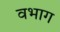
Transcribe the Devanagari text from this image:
वभाग